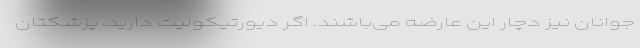
جوانان نیز دچار این عارضه می‌باشند. اگر دیورتیکولیت دارید، پزشکتان